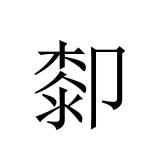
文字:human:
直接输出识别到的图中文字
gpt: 厀